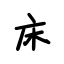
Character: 床